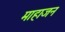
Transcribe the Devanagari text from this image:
माहाजन